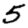
Digit: 5